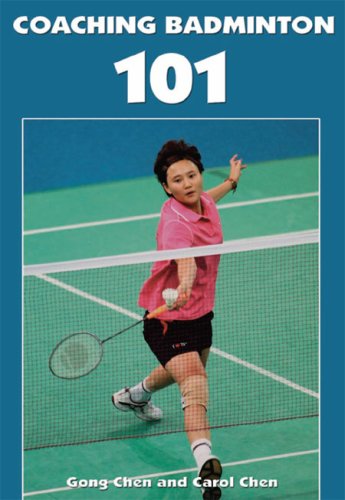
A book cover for Coaching Badminton 101; Gong Chen; Sports & Outdoors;